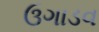
ઉગાડવ